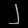
Digit: ၂